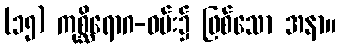
(၁၅) ကုစ္ဆိရောဂ-ဝမ်း၌ ဖြစ်သော အနာ။